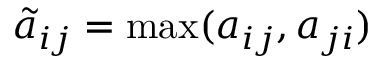
\tilde { a } _ { i j } = \operatorname* { m a x } ( a _ { i j } , a _ { j i } )